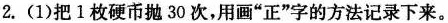
2.(1)把1枚硬币抛30次，用画”正”字的方法记录下来